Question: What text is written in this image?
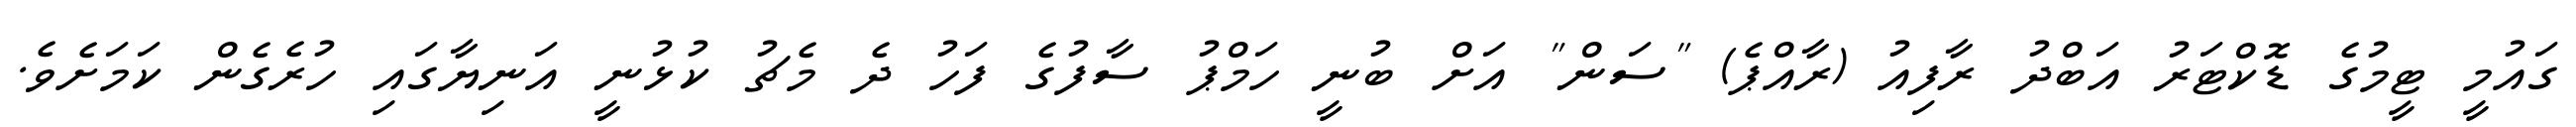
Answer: ގައުމީ ޓީމުގެ ޑޮކްޓަރު އަބްދު ރާފިއު (ރާއްޕެ) "ސަން" އަށް ބުނީ ހަމްޕު ސާފުގެ ފަހު ދެ މެޗު ކުޅުނީ އަނިޔާގައި ހުރެގެން ކަމަށެވެ.